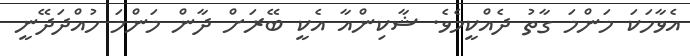
އެވާހަކަ މަންމަ ގާތު ދެއްކީމެވެ. ޝާކިންއާ އެކީ ބޭރަށް ދާން މަންމަ ހުއްދަދޭނީ